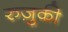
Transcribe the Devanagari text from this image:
रुज़ुकी